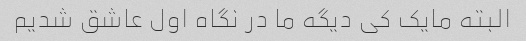
البته مایک کی دیگه ما در نگاه اول عاشق شدیم